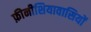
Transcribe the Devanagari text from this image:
फ़ीनीशियावासियों